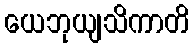
ယေဘုယျသိကာတိ